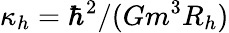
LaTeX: \kappa_{h}=\hbar^{2}/(Gm^{3}R_{h})